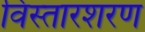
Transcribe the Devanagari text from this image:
विस्तारशरण